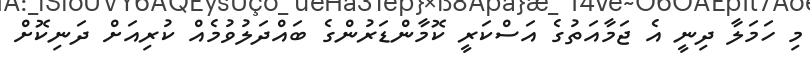
މިި ހަމަލާ ދިނީ އެ ޖަމާއަތުގެ އަސްކަރީ ކޮމާންޑަރުންގެ ބައްދަލުވުމެއް ކުރިއަށް ދަނިކޮށް